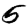
Digit: 5